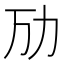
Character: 劢